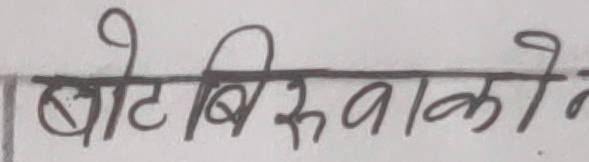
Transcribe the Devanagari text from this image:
बाटो बिरुवाको